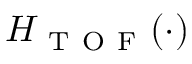
H _ { \mathrm { ~ T ~ O ~ F ~ } } ( \cdot )